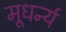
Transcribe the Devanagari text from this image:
मूधर्न्य